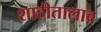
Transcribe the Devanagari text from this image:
शाहीतालाब